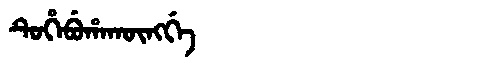
Manchu: ᡨᡠᡥᡝᠪᡠᡥᠠᡴᡡᠩᡤᡝ
Romanization: TUHEBUHAKŪNGGE